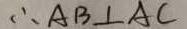
\therefore A B \bot A C